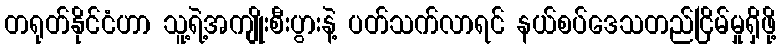
တရုတ်နိုင်ငံဟာ သူ့ရဲ့အကျိုးစီးပွားနဲ့ ပတ်သက်လာရင် နယ်စပ်ဒေသတည်ငြိမ်မှုရှိဖို့